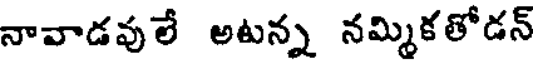
నావాడవులే అటన్న నమ్మికతోడన్